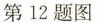
第12题图